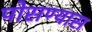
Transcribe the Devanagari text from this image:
पोसण्यास